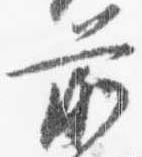
前